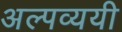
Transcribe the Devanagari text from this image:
अल्पव्ययी